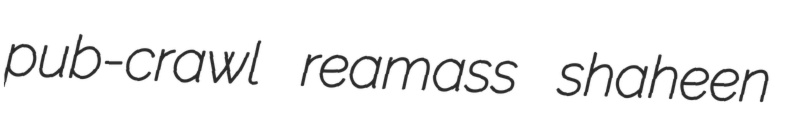
pub-crawl reamass shaheen